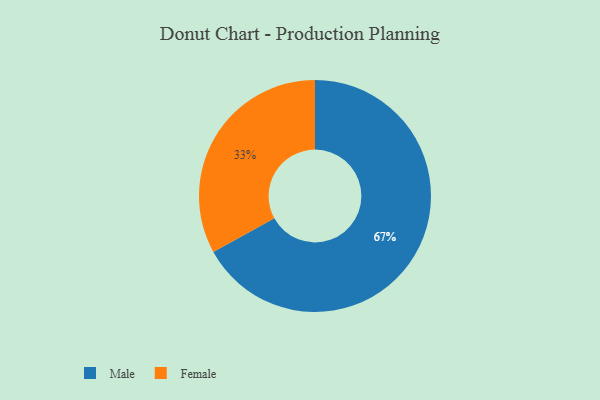
{"axis": {"x": "Category", "y": "Percentage"}, "legend": ["Female", "Male"], "data": [{"x": "Female", "y": 33, "type": "Female"}, {"x": "Male", "y": 67, "type": "Male"}]}